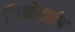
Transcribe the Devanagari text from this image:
लिनोटाईप